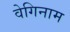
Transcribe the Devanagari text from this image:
वेगिनाम